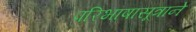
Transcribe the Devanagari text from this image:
परिभाषासूत्राने